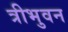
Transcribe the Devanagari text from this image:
त्रीभुवन